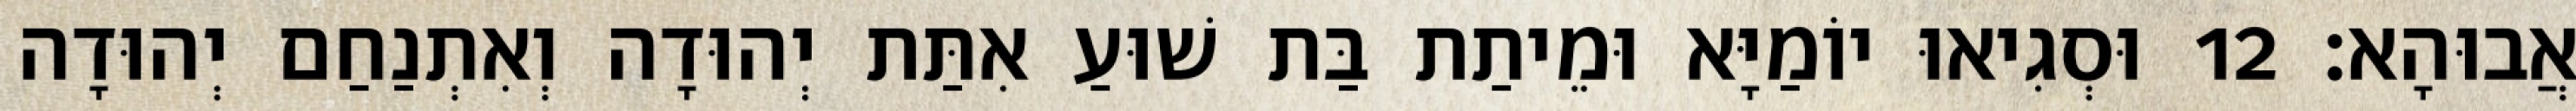
אֲבוּהָא׃ 12 וּסְגִיאוּ יוֹמַיָּא וּמֵיתַת בַּת שׁוּעַ אִתַּת יְהוּדָה וְאִתְנַחַם יְהוּדָה